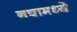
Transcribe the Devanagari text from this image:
नद्यामध्ये